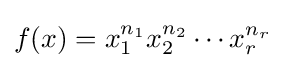
f(x)=x_{1}^{n_{1}}x_{2}^{n_{2}}\cdots x_{r}^{n_{r}}